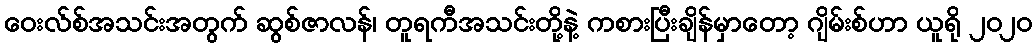
ဝေးလ်စ်အသင်းအတွက် ဆွစ်ဇာလန်၊ တူရကီအသင်းတို့နဲ့ ကစားပြီးချိန်မှာတော့ ဂျိမ်းစ်ဟာ ယူရို ၂၀၂၀